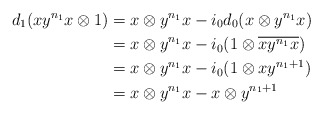
\begin{align*}d_1( xy^{n_1}x \otimes 1) & = x \otimes y^{n_1}x - i_0d_0( x \otimes y^{n_1}x) \\ & = x \otimes y^{n_1}x - i_0( 1 \otimes \overline{xy^{n_1}x}) \\ & = x \otimes y^{n_1}x - i_0( 1 \otimes xy^{n_1+1}) \\ & = x \otimes y^{n_1}x - x \otimes y^{n_1 +1}\end{align*}